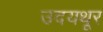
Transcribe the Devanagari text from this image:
उदयथूर